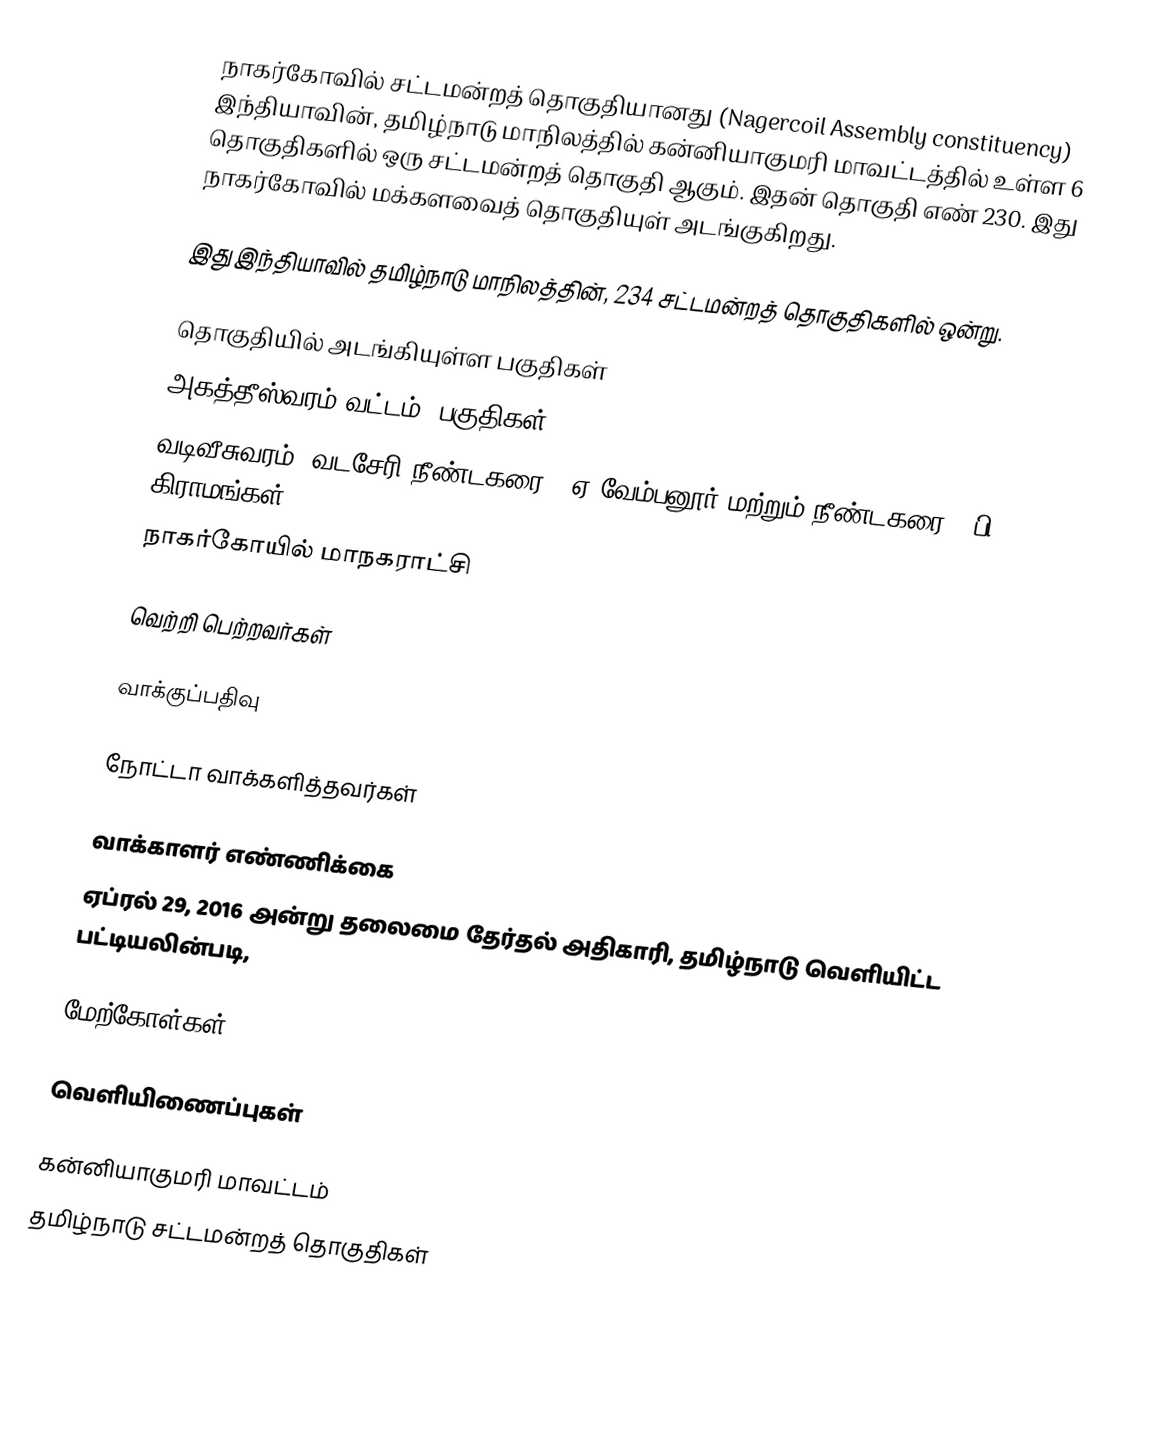
நாகர்கோவில் சட்டமன்றத் தொகுதியானது (Nagercoil Assembly constituency) இந்தியாவின், தமிழ்நாடு மாநிலத்தில் கன்னியாகுமரி மாவட்டத்தில் உள்ள 6 தொகுதிகளில் ஒரு சட்டமன்றத் தொகுதி ஆகும். இதன் தொகுதி எண் 230. இது நாகர்கோவில் மக்களவைத் தொகுதியுள் அடங்குகிறது.

இது இந்தியாவில் தமிழ்நாடு மாநிலத்தின், 234 சட்டமன்றத் தொகுதிகளில் ஒன்று.

தொகுதியில் அடங்கியுள்ள பகுதிகள்
அகத்தீஸ்வரம் வட்டம் (பகுதிகள்)
வடிவீசுவரம், வடசேரி நீண்டகரை - ஏ.வேம்பனூர் மற்றும் நீண்டகரை - பி கிராமங்கள்,
நாகர்கோயில் மாநகராட்சி

வெற்றி பெற்றவர்கள்

வாக்குப்பதிவு

நோட்டா வாக்களித்தவர்கள்

வாக்காளர் எண்ணிக்கை
ஏப்ரல் 29, 2016 அன்று தலைமை தேர்தல் அதிகாரி, தமிழ்நாடு வெளியிட்ட பட்டியலின்படி,

மேற்கோள்கள்

வெளியிணைப்புகள்

கன்னியாகுமரி மாவட்டம்
தமிழ்நாடு சட்டமன்றத் தொகுதிகள்